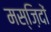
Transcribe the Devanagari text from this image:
मस्ज़िदों